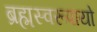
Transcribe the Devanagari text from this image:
ब्रह्मस्वरूपायो